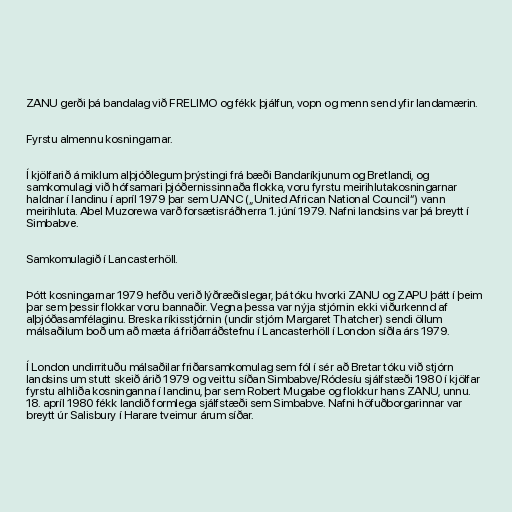
ZANU gerði þá bandalag við FRELIMO og fékk þjálfun, vopn og menn send yfir landamærin.

Fyrstu almennu kosningarnar.

Í kjölfarið á miklum alþjóðlegum þrýstingi frá bæði Bandaríkjunum og Bretlandi, og
samkomulagi við hófsamari þjóðernissinnaða flokka, voru fyrstu meirihlutakosningarnar
haldnar í landinu í apríl 1979 þar sem UANC („United African National Council“) vann
meirihluta. Abel Muzorewa varð forsætisráðherra 1. júní 1979. Nafni landsins var þá breytt í
Simbabve.

Samkomulagið í Lancasterhöll.

Þótt kosningarnar 1979 hefðu verið lýðræðislegar, þá tóku hvorki ZANU og ZAPU þátt í þeim
þar sem þessir flokkar voru bannaðir. Vegna þessa var nýja stjórnin ekki viðurkennd af
alþjóðasamfélaginu. Breska ríkisstjórnin (undir stjórn Margaret Thatcher) sendi öllum
málsaðilum boð um að mæta á friðarráðstefnu í Lancasterhöll í London síðla árs 1979.

Í London undirrituðu málsaðilar friðarsamkomulag sem fól í sér að Bretar tóku við stjórn
landsins um stutt skeið árið 1979 og veittu síðan Simbabve/Ródesíu sjálfstæði 1980 í kjölfar
fyrstu alhliða kosninganna í landinu, þar sem Robert Mugabe og flokkur hans ZANU, unnu.
18. apríl 1980 fékk landið formlega sjálfstæði sem Simbabve. Nafni höfuðborgarinnar var
breytt úr Salisbury í Harare tveimur árum síðar.